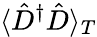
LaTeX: \langle\hat{D}^{\dagger}\hat{D}\rangle_{T}